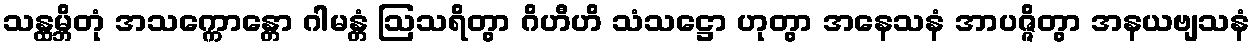
သန္ထမ္ဘိတုံ အသက္ကောန္တော ဂါမန္တံ ဩသရိတွာ ဂိဟီဟိ သံသဋ္ဌော ဟုတွာ အနေသနံ အာပဇ္ဇိတွာ အနယဗျသနံ